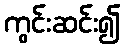
ကွင်းဆင်း၍